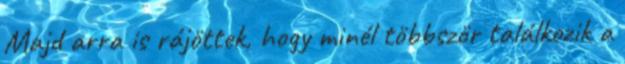
Majd arra is rájöttek, hogy minél többször találkozik a